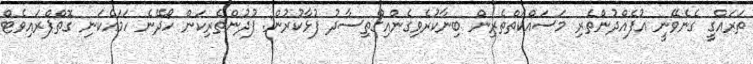
ތަރައްގީ ގެނެވޭނީ އުފެއްދުންތެރި މަސައްކަތްތެރިން ބިނާކުރެވިގެންއިގްތިސާދު ފުޅާކުރުން: ފުދުންތެރިކަން ހޯދޭނެ ހަމައެކަނި ގޮތްޕްރައިވެޓް